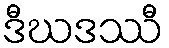
ဒီဃဒဿီ